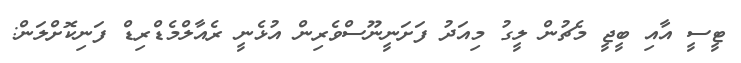
ޓީސީ އާއި ބީޖީ މެޗުން ލީގު މިއަދު ފަށަނީނޫސްވެރިން އުޅެނީ ރެއާލްމެޑްރިޑް ފަނިކޮށްލަން: